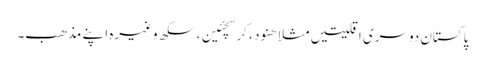
پاکستان دوسری اقلیتیں مثلا ھنود ، کرسچئین ، سکھ وغیرہ اپنے مذھب۔